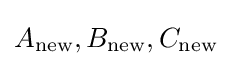
A_{\text{new}},B_{\text{new}},C_{\text{new}}